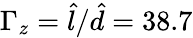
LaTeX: \Gamma_{z}=\hat{l}/\hat{d}=38.7